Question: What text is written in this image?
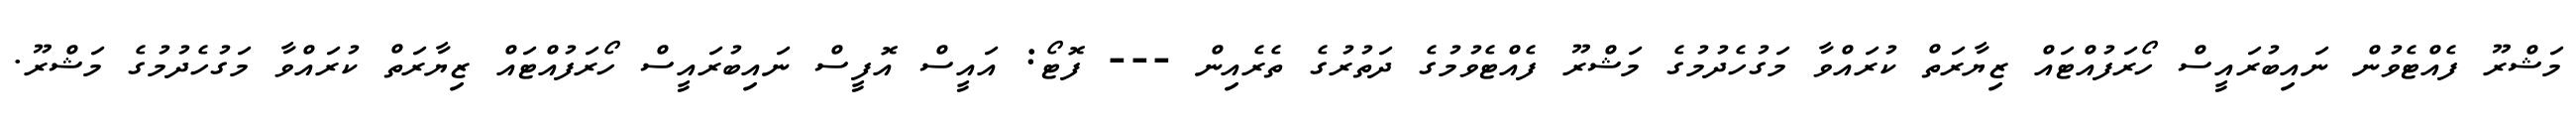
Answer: މަޝްރޫ ފެއްޓެވުން ނައިބުރައީސް ހޯރަފުއްޓައް ޒިޔާރަތް ކުރައްވާ މަގުހެދުމުގެ މަޝްރޫ ފެއްޓެވުމުގެ ދަތުރުގެ ތެރެއިން --- ފޮޓޯ: އައީސް އޮފީސް ނައިބުރައީސް ހޯރަފުއްޓައް ޒިޔާރަތް ކުރައްވާ މަގުހެދުމުގެ މަޝްރޫ.